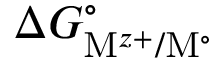
\Delta G _ { \mathrm { M } ^ { z + } / \mathrm { M } ^ { \circ } } ^ { \circ }